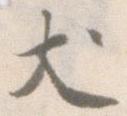
犬